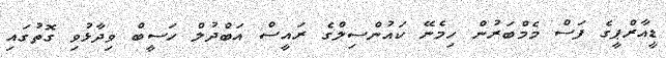
ޑީއާރްޕީގެ ފަސް މެމްބަރުން ހިމެނޭ ކައުންސިލްގެ ރައީސް އަބްދުލް ހަސީބް ވިދާޅުވި ގޮތުގައި